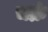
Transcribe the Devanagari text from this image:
चक्रं